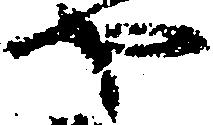
や